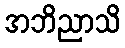
အဘိညာသိ